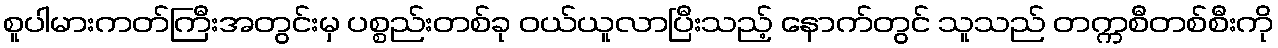
စူပါမားကတ်ကြီးအတွင်းမှ ပစ္စည်းတစ်ခု ဝယ်ယူလာပြီးသည့် နောက်တွင် သူသည် တက္ကစီတစ်စီးကို